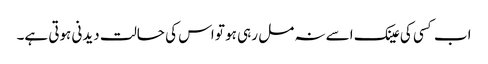
اب کسی کی عینک اسے نہ مل رہی ہو تو اس کی حالت دیدنی ہوتی ہے۔